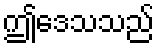
ဤဒေသသည်